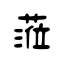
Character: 蒞